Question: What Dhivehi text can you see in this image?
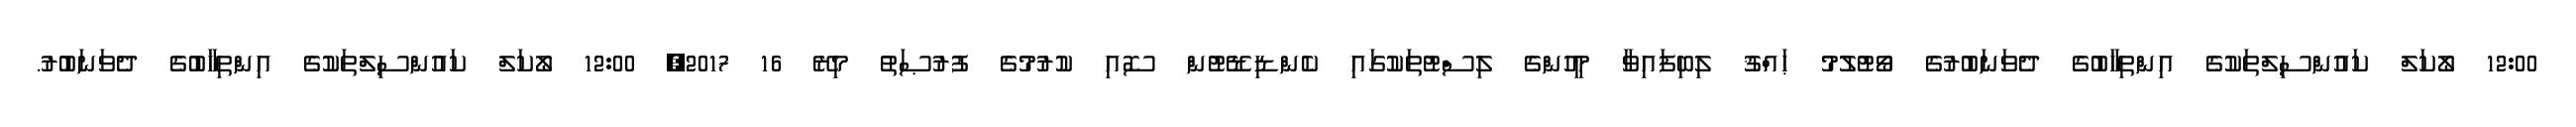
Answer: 12:00 ލޯކަލް ކައުންސިލްތަކުގެ އިންތިޚާބުގެ ދެވަނަބުރުގެ ވޯޓުލުމު ޙައްޤު ލިބިފައިވާ މީހުންގެ ލިސްޓުތަކުގައި ކެންޑިޑޭޓުން ސޮއި ކުރުމުގެ ފުރުޞަތު މިރޭ 16 2017, 12:00 ލޯކަލް ކައުންސިލްތަކުގެ އިންތިޚާބުގެ ދެވަނަބުރު.